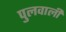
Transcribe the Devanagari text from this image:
पुलवाली